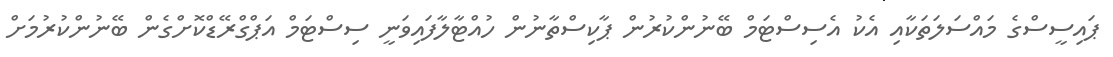
ޕައިސީސްގެ މައްސަލަތަކާއި އެކު އެސިސްޓަމް ބޭނުންކުރުން ޕާކިސްތާނުން ހުއްޓާލާފައިވަނީ ސިސްޓަމް އަޕްގްރޭޑްކޮށްގެން ބޭނުންކުރުމަށް